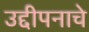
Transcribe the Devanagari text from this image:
उद्दीपनाचे